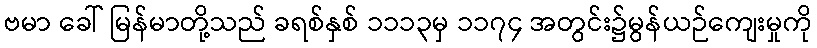
ဗမာ ခေါ် မြန်မာတို့သည် ခရစ်နှစ် ၁၁၁၃မှ ၁၁၇၄ အတွင်း၌မွန်ယဉ်ကျေးမှုကို